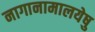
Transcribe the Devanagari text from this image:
नागानामालयेषु